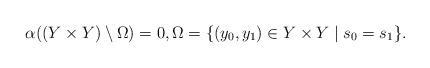
LaTeX: \begin{align*}\alpha((Y\times Y)\setminus \Omega) = 0, \Omega = \{(y_0,y_1) \in Y \times Y \mid s_0 = s_1\}.\end{align*}